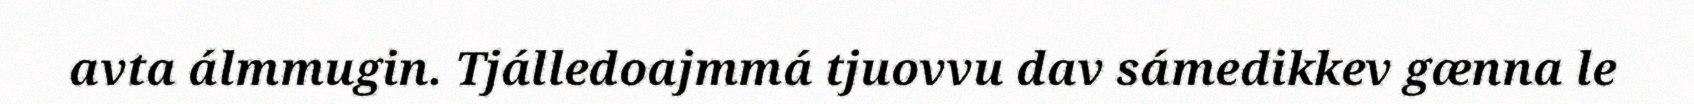
avta álmmugin. Tjálledoajmmá tjuovvu dav sámedikkev gænna le